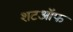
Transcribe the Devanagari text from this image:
शटऑफ